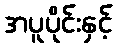
အပူပိုင်းနှင့်